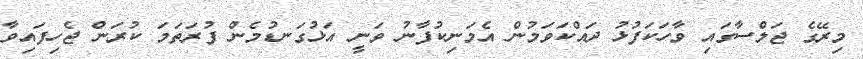
މިރޭގެ ޖަލްސާގައި ވާހަކަފުޅު ދައްކަވަމުން އެމަނިކުފާނު ވަނީ އަޅުގަނޑުމެން ފުރަތަމަ ކުރަން ޖެހިފައިވާ